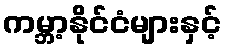
ကမ္ဘာ့နိုင်ငံများနှင့်